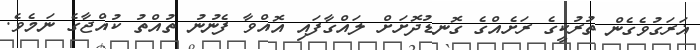
ޣަރަގުވެގެން ތުރުކީގެ ރަށެއްގެ ގޮނޑުދޮށަށް ލައްގާފައި އޮއްވާ ފެނުނު ތުއްތު ކުއްޖާގެ ނަމެވެ.